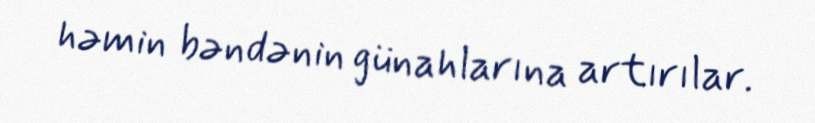
həmin bəndənin günahlarına artırılar.